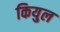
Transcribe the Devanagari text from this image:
कियुल